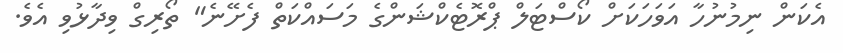
އެކަން ނިމުނުހާ އަވަހަކަށް ކޯސްޓަލް ޕްރޮޓެކްޝަންގެ މަސައްކަތް ފެށޭނެ" ތޯރިގް ވިދާޅުވި އެވެ.